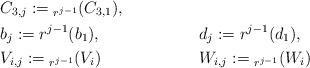
LaTeX: \begin{align*}&C_{3,j} := {}_{r^{j-1}}(C_{3,1}),& && \\&b_j := r^{j-1}(b_1),& &d_j := r^{j-1}(d_1),& \\&V_{i,j} := {}_{r^{j-1}}(V_i)& &W_{i,j} := {}_{r^{j-1}}(W_i)& \end{align*}